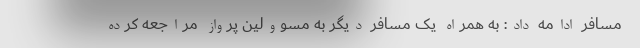
مسافر ادامه داد: به همراه یک مسافر دیگر به مسوولین پرواز مراجعه کرده